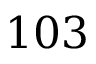
1 0 3